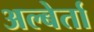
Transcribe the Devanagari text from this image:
अल्बेर्ता